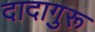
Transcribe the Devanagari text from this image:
दादागुरू